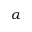
\boldsymbol { \alpha }